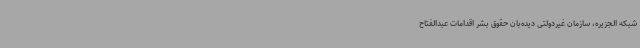
شبکه الجزیره، سازمان غیردولتی دیده‌بان حقوق بشر اقدامات عبدالفتاح